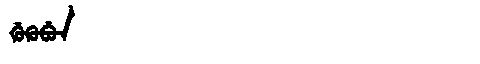
Manchu: ᡤᡠᡴᡠᠪᡠᠨ
Romanization: GUKUBUN